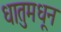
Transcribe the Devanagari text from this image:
धातुमधून